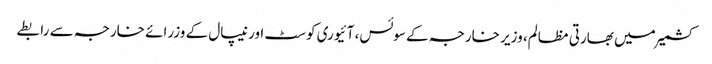
کشمیر میں بھارتی مظالم، وزیر خارجہ کے سوئس، آئیوری کوسٹ اور نیپال کے وزرائے خارجہ سے رابطے